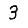
Digit: 3